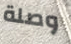
وصلة